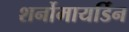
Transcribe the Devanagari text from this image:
शर्नोमायर्डिन